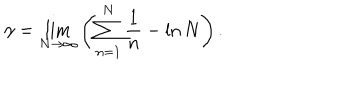
\gamma = \lim _ { N \to \infty } \left( \sum _ { n = 1 } ^ { N } \frac { 1 } { n } - \ln N \right) .